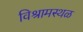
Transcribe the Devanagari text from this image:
विश्रामस्थळ